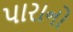
પારાનો